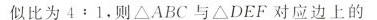
似比为$$4 : 1$$，则ΔABC与ΔDEF对应边上